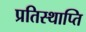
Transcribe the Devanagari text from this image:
प्रतिस्थाप्ति